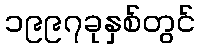
၁၉၉၇ခုနှစ်တွင်